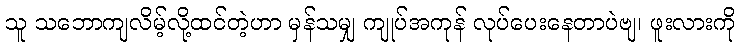
သူ သဘောကျလိမ့်လို့ထင်တဲ့ဟာ မှန်သမျှ ကျုပ်အကုန် လုပ်ပေးနေတာပဲဗျ၊ ဖူးလားကို